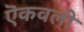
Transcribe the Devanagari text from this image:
ऎकवली